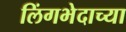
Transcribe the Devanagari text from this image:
लिंगभेदाच्या